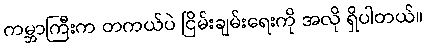
ကမ္ဘာကြီးက တကယ်ပဲ ငြိမ်းချမ်းရေးကို အလို ရှိပါတယ်။